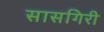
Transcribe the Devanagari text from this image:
सासगिरी